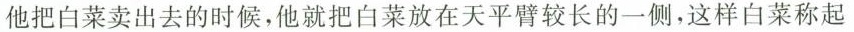
他把白菜卖出去的时候，他就把白菜放在天平臂较长的一侧，这样白菜称起